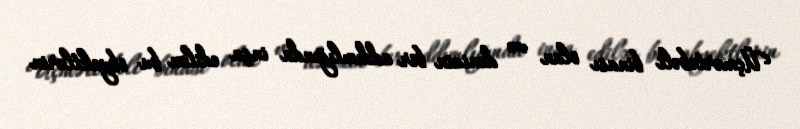
Üçmərtəbəli binası olan və dənizin bir addımlığında inşa edilən bu obyektlərin